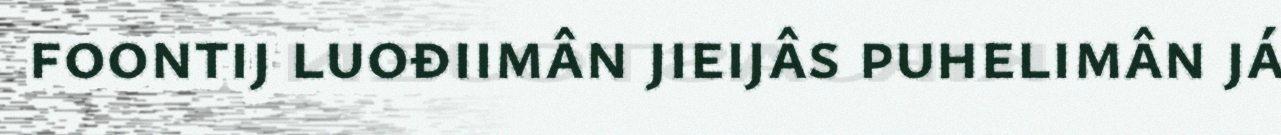
foontij luođiimân jieijâs puhelimân já